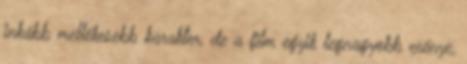
inkább mellékesebb karakter, de a film egyik legnagyobb erénye,